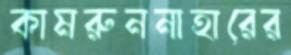
কামরুননাহারের